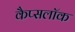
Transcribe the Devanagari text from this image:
कैप्सलॉक